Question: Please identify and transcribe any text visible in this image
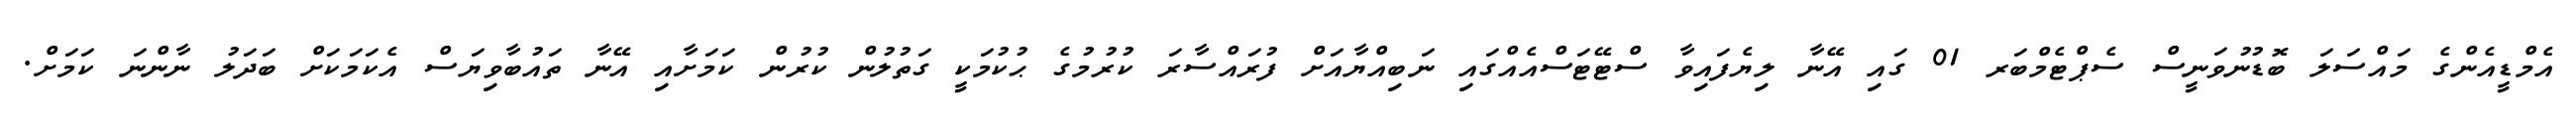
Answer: އެމްޑީއެންގެ މައްސަލަ ބޮޑުނުވަނީސް ސެޕްޓެމްބަރ 01 ގައި އޭނާ ލިޔެފައިވާ ސްޓޭޓަސްއެއްގައި ނަބިއްޔާއަށް ފުރައްސާރަ ކުރުމުގެ ޙުކުމަކީ ގަތުލުން ކުރުން ކަމަށާއި އޭނާ ތައުބާވިޔަސް އެކަމަކަށް ބަދަލު ނާންނަ ކަމަށް.